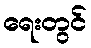
ရေးတွင်